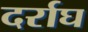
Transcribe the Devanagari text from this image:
दर्राघ